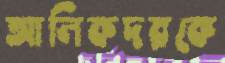
আলিকদরকে